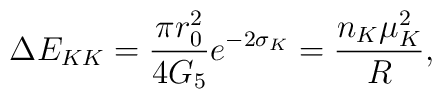
\Delta E_{KK} = \frac{\pi r_{0}^2}{4 G_{5}} e^{-2\sigma_{K}} = \frac{n_{K}\mu_{K}^2}{R},